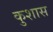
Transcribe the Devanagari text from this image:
कुशास